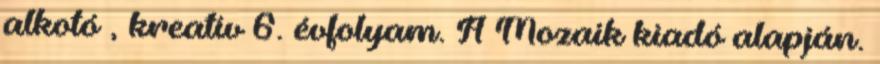
alkotó , kreatív 6. évfolyam. A Mozaik kiadó alapján.